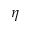
\eta